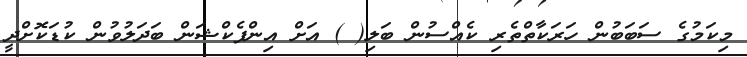
މިކަމުގެ ސަބަބުން ހަރަކާތްތެރި ކެއްސުން ބަލި( ) އަށް އިންފެކްޝަން ބަދަލުވުން ކުޑަކޮށްދީ